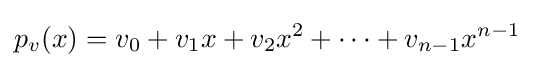
p_{v}(x)=v_{0}+v_{1}x+v_{2}x^{2}+\cdots +v_{n-1}x^{n-1}